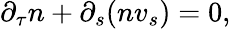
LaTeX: \partial_{\tau}n+\partial_{s}{\left(nv_{s}\right)}=0,